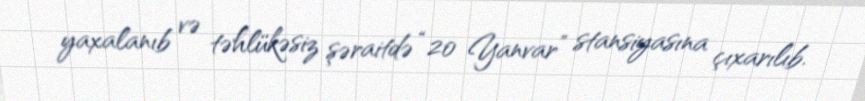
yaxalanıb və təhlükəsiz şəraitdə “20 Yanvar” stansiyasına çıxarılıb.